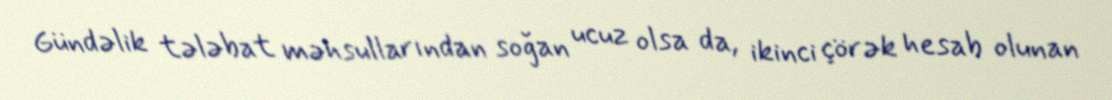
Gündəlik tələbat məhsullarından soğan ucuz olsa da, ikinci çörək hesab olunan